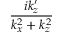
\frac { i k _ { z } ^ { \prime } } { k _ { x } ^ { 2 } + k _ { z } ^ { 2 } }